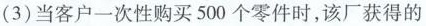
(3) 当客户一次性购买 500 个零件时，该厂获得的